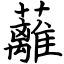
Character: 蘺